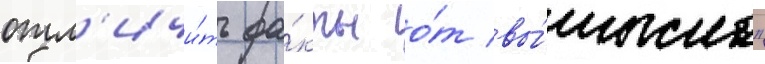
отл'ичи́ть фа́кты о́т вы́мысла"